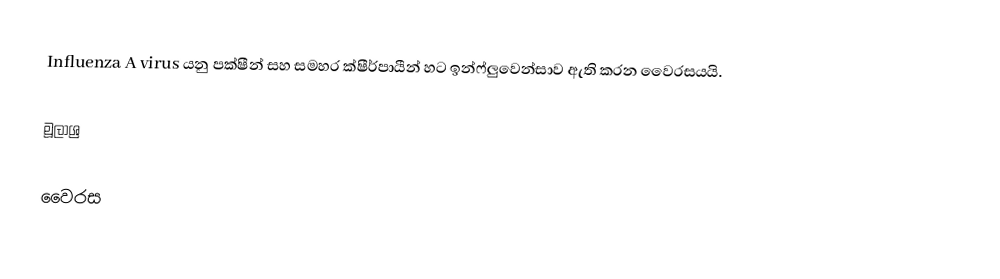
Influenza A virus යනු පක්ෂීන් සහ සමහර ක්ෂීර්පායීන් හට ඉන්ෆ්ලුවෙන්සාව ඇති කරන වෛරසයයි.

මූලාශ්‍ර

වෛරස